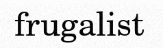
frugalist